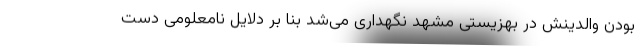
بودن والدینش در بهزیستی مشهد نگهداری می‌شد بنا بر دلایل نامعلومی دست